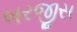
બરજીસ